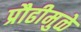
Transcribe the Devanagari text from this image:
प्रौढीमुळे